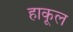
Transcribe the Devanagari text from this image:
हाकूल